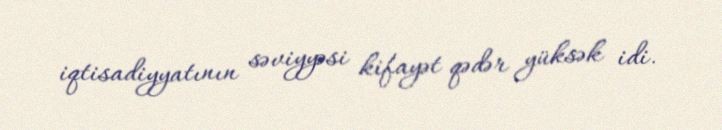
iqtisadiyyatının səviyyəsi kifayət qədər yüksək idi.